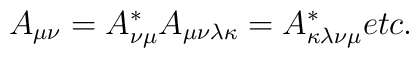
A_{\mu\nu} = A^*_{\nu\mu}\\                 A_{\mu\nu\lambda\kappa} = A^*_{\kappa\lambda\nu\mu}\\		 etc.